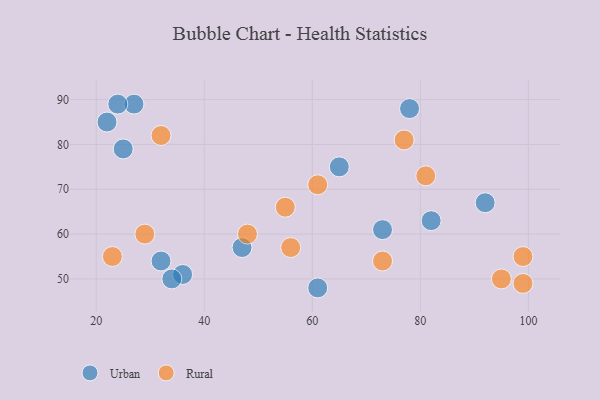
{"axis": {"x": "GDP", "y": "Life Expectancy"}, "legend": ["Rural", "Urban"], "data": [{"x": "22", "y": 85, "type": "Urban"}, {"x": "92", "y": 67, "type": "Urban"}, {"x": "27", "y": 89, "type": "Urban"}, {"x": "47", "y": 57, "type": "Urban"}, {"x": "24", "y": 89, "type": "Urban"}, {"x": "73", "y": 61, "type": "Urban"}, {"x": "82", "y": 63, "type": "Urban"}, {"x": "61", "y": 48, "type": "Urban"}, {"x": "65", "y": 75, "type": "Urban"}, {"x": "32", "y": 54, "type": "Urban"}, {"x": "36", "y": 51, "type": "Urban"}, {"x": "34", "y": 50, "type": "Urban"}, {"x": "25", "y": 79, "type": "Urban"}, {"x": "78", "y": 88, "type": "Urban"}, {"x": "61", "y": 71, "type": "Rural"}, {"x": "48", "y": 60, "type": "Rural"}, {"x": "29", "y": 60, "type": "Rural"}, {"x": "23", "y": 55, "type": "Rural"}, {"x": "55", "y": 66, "type": "Rural"}, {"x": "77", "y": 81, "type": "Rural"}, {"x": "81", "y": 73, "type": "Rural"}, {"x": "32", "y": 82, "type": "Rural"}, {"x": "95", "y": 50, "type": "Rural"}, {"x": "73", "y": 54, "type": "Rural"}, {"x": "99", "y": 55, "type": "Rural"}, {"x": "56", "y": 57, "type": "Rural"}, {"x": "99", "y": 49, "type": "Rural"}]}